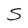
Character: S